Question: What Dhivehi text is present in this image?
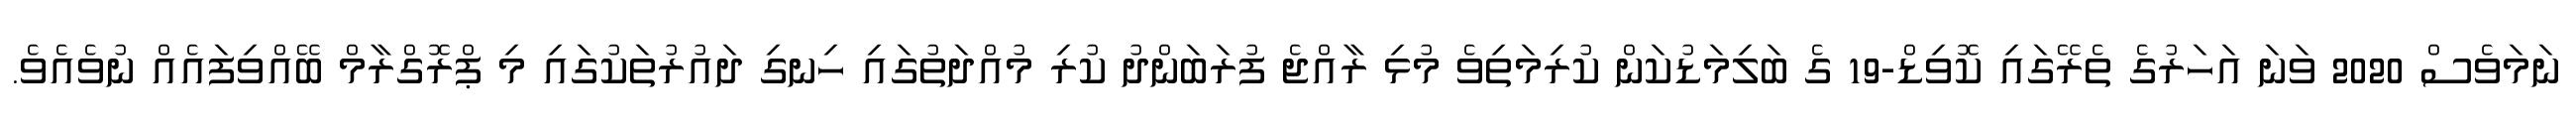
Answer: ނަމަވެސް 2020 ވަނަ އަހަރުގެ ތެރޭގައި ކޮވިޑް-19 ގެ ބަލިމަޑުކަން ކުރިމަތިވެ މުޅި ރާއްޖެ ފުރަބަންދު ކުރި މުއްދަތުގައި ހިނގި ދައުރުތަކުގައި މި ޕްރޮގްރާމް ބޭއްވިފައެއް ނުވެއެވެ.